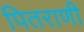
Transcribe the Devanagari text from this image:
पितराणी